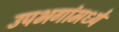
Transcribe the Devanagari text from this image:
उपभगांमध्ये